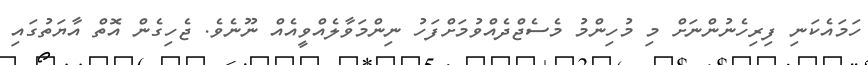
ހަމައެކަނި ފިރިހެނުންނަށް މި މުހިންމު މެސެޖްދެއްވުމަށްފަހު ނިންމަވާލެއްވީއެއް ނޫނެވެ. ޖެހިގެން އޮތް އާޔަތުގައި